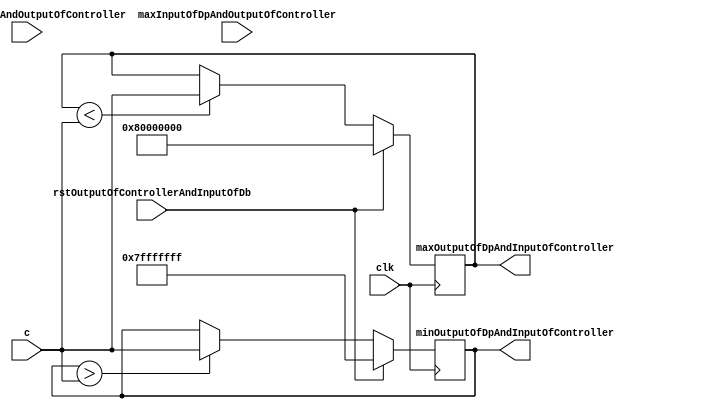
module Datapath(
    output reg signed [31:0] minOutputOfDpAndInputOfController = 32'd2147483647,
    output reg signed [31:0] maxOutputOfDpAndInputOfController = -32'd2147483648,
    input wire minInputOfDpAndOutputOfController,
    input wire maxInputOfDpAndOutputOfController,
    input wire rstOutputOfControllerAndInputOfDb,
    input wire signed [31:0] c,
    input wire clk
);




// eq!=1'b1 && gr!=1'b0 && lw!=1'b0


always @(posedge clk) begin
    if(rstOutputOfControllerAndInputOfDb == 1)
        begin
            minOutputOfDpAndInputOfController = 32'd2147483647;
            maxOutputOfDpAndInputOfController = -32'd2147483648;
        end
    else
        begin
            if(minOutputOfDpAndInputOfController > c) minOutputOfDpAndInputOfController = c;
            if(maxOutputOfDpAndInputOfController < c) maxOutputOfDpAndInputOfController = c;
        end
end

endmodule

// 2,147,483,648
// 2,147,483,647


//  begin
//             if(minInputOfDpAndOutputOfController == 1 && minOutputOfDpAndInputOfController > c) minOutputOfDpAndInputOfController <= c;
//             else minOutputOfDpAndInputOfController <= minOutputOfDpAndInputOfController;
//             if(maxInputOfDpAndOutputOfController == 1 && maxOutputOfDpAndInputOfController < c) maxOutputOfDpAndInputOfController <= c;
//             else maxOutputOfDpAndInputOfController <= maxOutputOfDpAndInputOfController;
//         end